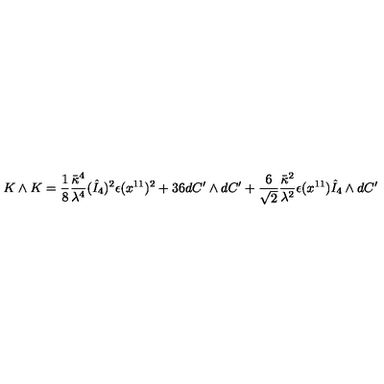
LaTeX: K \wedge K = \frac { 1 } { 8 } \frac { \bar { \kappa } ^ { 4 } } { \lambda ^ { 4 } } ( \hat { I } _ { 4 } ) ^ { 2 } \epsilon ( x ^ { 1 1 } ) ^ { 2 } + 3 6 d C ^ { \prime } \wedge d C ^ { \prime } + \frac { 6 } { \sqrt { 2 } } \frac { \bar { \kappa } ^ { 2 } } { \lambda ^ { 2 } } \epsilon ( x ^ { 1 1 } ) \hat { I } _ { 4 } \wedge d C ^ { \prime }